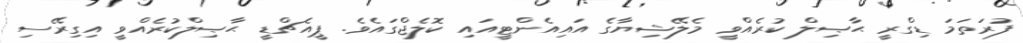
ފުރަތަމަ ޑިގްރީ ޙާޞިލް ކުރެއްވީ މެލޭޝިޔާގެ އައިއެންޓީއައި ކޮލެޖްގައެވެ. ޕީއެޗްޑީ ޙާޞިލްކުރެއްވީ އިގިރޭސި